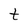
Character: t